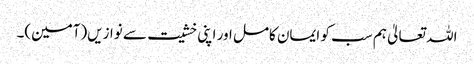
اللہ تعالیٰ ہم سب کو ایمان کامل اور اپنی خشیت سے نوازیں(آمین)۔